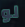
لو